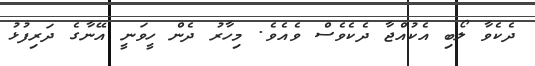
ދެކެވާ ލޯބި އެކުއްޖާ ދެކެވެސް ވެއެވެ. މިހާރު ދެން ހީވަނީ އޭނާގެ ދަރިފުޅު